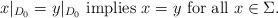
LaTeX: \begin{align*}x\vert_{D_0} = y\vert_{D_0} \mbox{ implies } x = y \mbox{ for all } x\in \Sigma.\end{align*}